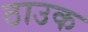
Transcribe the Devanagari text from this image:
ठाउक